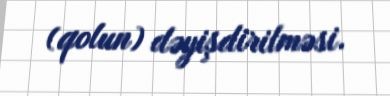
(qolun) dəyişdirilməsi.